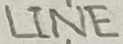
Text: LINE